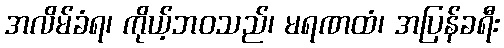
အလိမ်ခံရ၊ ကိုယ့်ဘဝသည်၊ မရဏထံ၊ အပြန်ခရီး